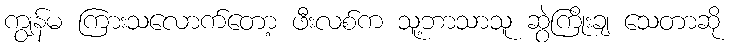
ကျွန်မ ကြားသလောက်တော့ ဖီးလစ်က သူ့ဘာသာသူ ဆွဲကြိုးချ သေတာဆို